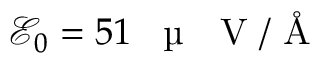
\mathcal { E } _ { 0 } = 5 1 \mathrm { ~ \, ~ \textmu ~ { ~ } ~ V ~ / ~ \AA ~ }